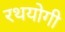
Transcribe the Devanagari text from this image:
रथयोगी